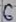
Text: 6